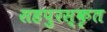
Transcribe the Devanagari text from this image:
सहपुरस्कृत